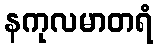
နကုလမာတရံ